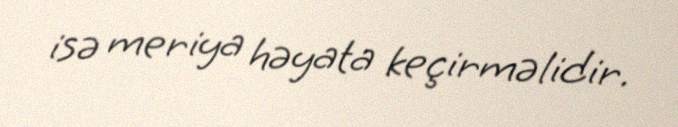
isə meriya həyata keçirməlidir.